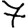
Digit: 7